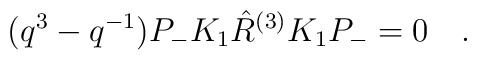
(q^3-q^{-1})P_-K_1\hat{R}^{(3)}K_1P_-=0 \quad.